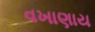
વખાણાય